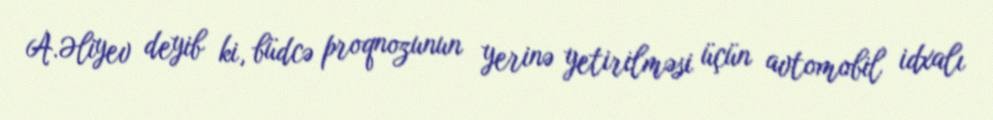
A.Əliyev deyib ki, büdcə proqnozunun yerinə yetirilməsi üçün avtomobil idxalı